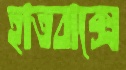
হাতবাক্সে